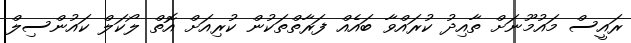
ރައީސް މައުމޫނަށް ތާއިދު ކުރައްވާ ބައެއް ފަރާތްތަކުން ކުރިއަށް އޮތް ލޯކަލް ކައުންސިލް